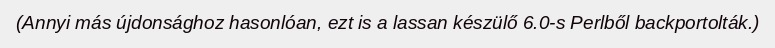
(Annyi más újdonsághoz hasonlóan, ezt is a lassan készülő 6.0-s Perlből backportolták.)